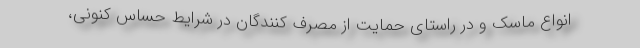
انواع ماسک و در راستای حمایت از مصرف کنندگان در شرایط حساس کنونی،